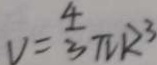
v = \frac { 4 } { 3 } \pi R ^ { 3 }